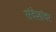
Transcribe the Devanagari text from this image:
संदेशांवर